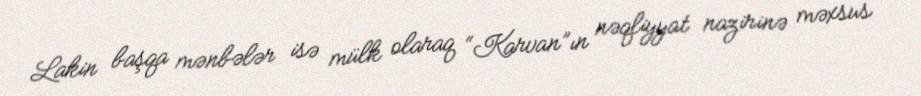
Lakin başqa mənbələr isə mülk olaraq “Karvan”ın nəqliyyat nazirinə məxsus